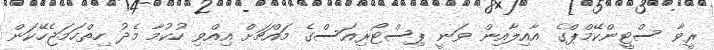
ރީވާ ސްޓީންކޭމްޕްގެ އާއިލާއިން ވަނީ ޕިސްޓޯރިއަސްގެ މައްޗަށް އިއްވި ހުކުމާ މެދު ހިތްހަމަޖެހޭކަން